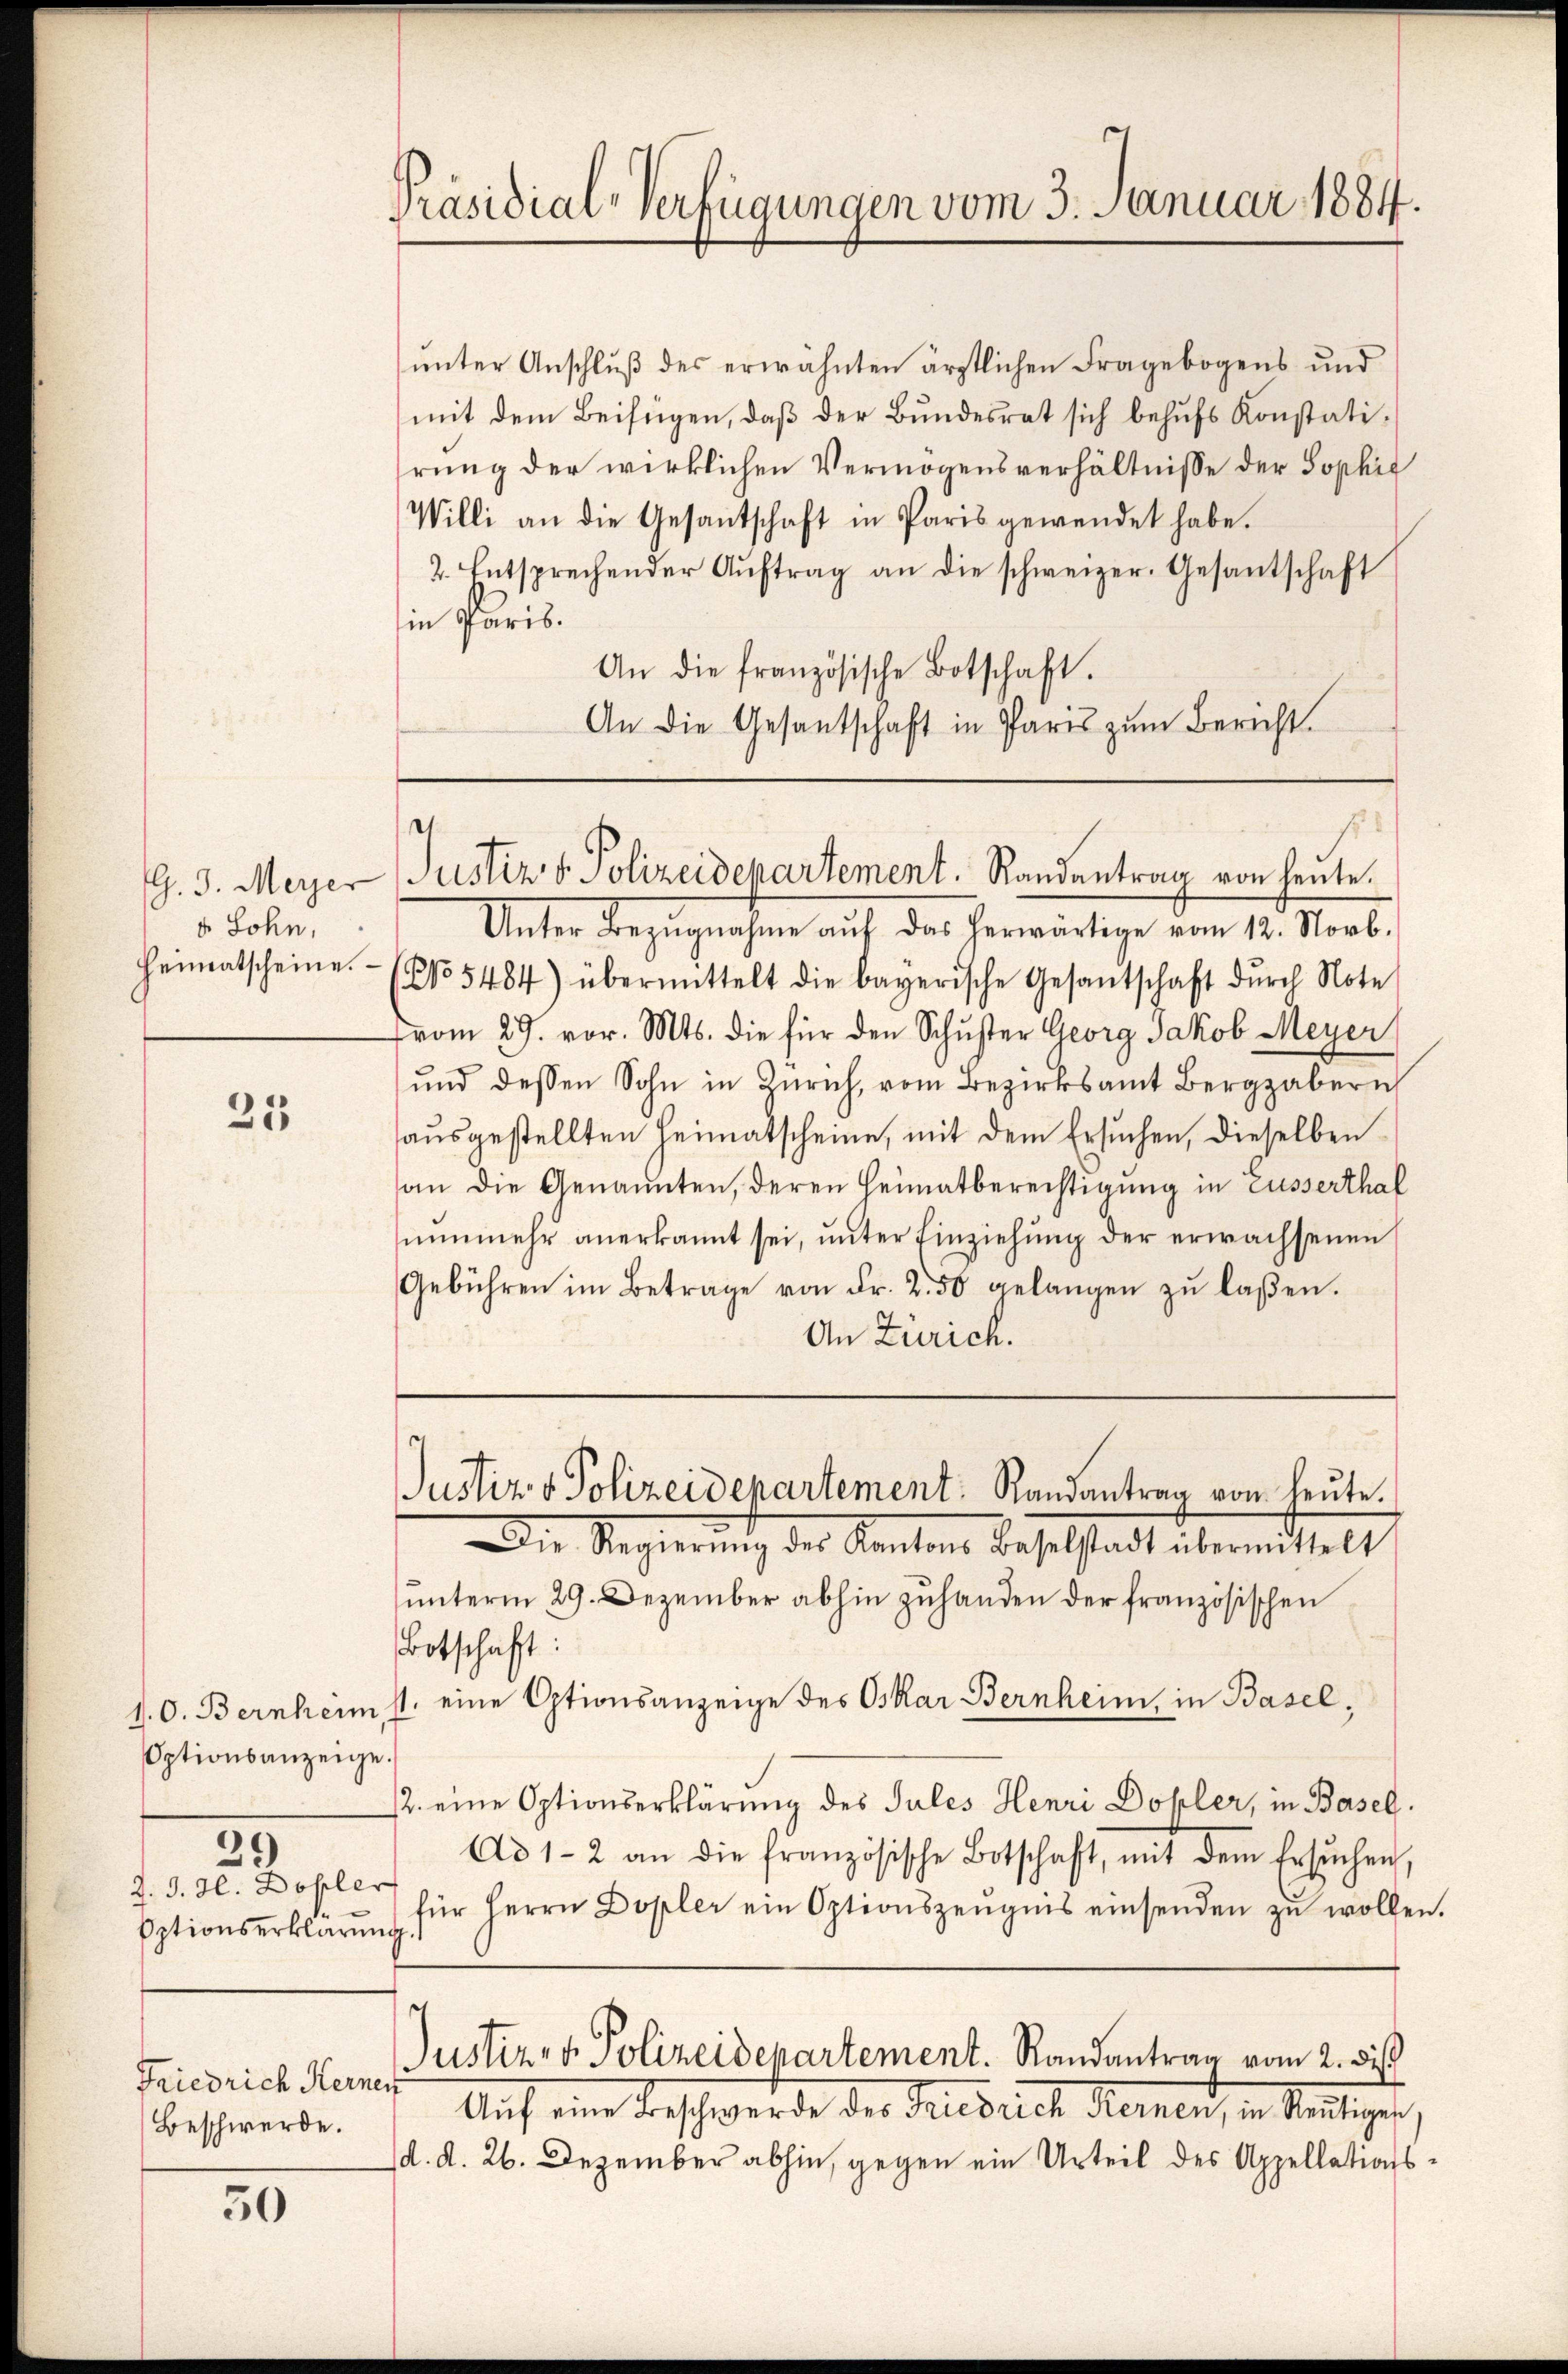
(. 3. Meyer
d Sohn,
Heimatscheine.

25

Optionsanzeige.
39
d. d. d. Dopler
Optionserklärung.

Friedrich Kerner
Beschwerde.

50

Präsidial-Verfügungen vom 3. Januar 1884.

Unter Bezŭgnahme aŭf das herwärtige vom 12. Novb.
No 5484) übermittelt die bayerische Gesantschaft dŭrch Note
vom 29. vor. Mts. die für den Schuster Georg Jakob Meyer
ŭnd dessen Sohn in Zürich, vom Bezirksamt Bergaber
sausgestellten Heimatscheine, mit dem Ersuchen, dieselben
an die Genannten, deren Heimatberechtigung in Ausserthal
nunmehr anerkannt sei, unter Einziehung der erwachsenen
Gebühren im Betrage von Fr. 2.50 gelangen zŭ laβen.
An Zürich.

ŭnter Anschlŭβ des erwähnten ärztlichen Fragebogens und
mit dem Beifügen, daβ der Bŭndesrat sich behŭfs Konstati-
rung der wirklichen Vermögensverhältnisse der Sophie
Willi an die Gesantschaft in Paris gewendet habe.
2. Entsprechender Aŭftrag an die schweizer. Gesantschaft
in Paris.
An die französische Botschaft.
An die Gesantschaft in Paris zum Bericht.

Justiz & Polizeidepartement. Randantrag von heute.

Die Regierung des Kantons Baselstadt übermittelt
unterm 29. Dezember abhin zuhanden der französischen
Botschaft:
1.O. Bernheim st. eine Otionsanzeige des Oskar Bernheim, in Basel,
12. eine Optionserklärung des Jules Henri Dohler, in Basel.
Ad 1-2 an die französische Botschaft, mit dem Ersŭchen
für Herrn Dopler ein Optionszeŭgnis einsenden zŭ wollen.
Justiz- & Polizeidepartement. Randantrag vom 2. Di
Auf eine Vorschwerde der Friedrich Meinen, in Sentiges
d. d. 26. Dezember abhin, gegen ein Urteil des Appellations¬

Justiz & Polizeidepartement: Randantrag von heute.